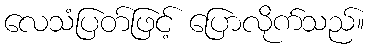
လေသံပြတ်ဖြင့် ပြောလိုက်သည်။